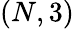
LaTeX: (N,3)